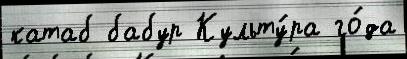
катаб бабур Культу́ра го́да